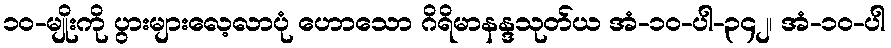
၁၀-မျိုးကို ပွားများလေ့လာပုံ ဟောသော ဂိရိမာနန္ဒသုတ်ယ အံ-၁၀-ပါ-၃၄၂၊ အံ-၁၀-ပါ